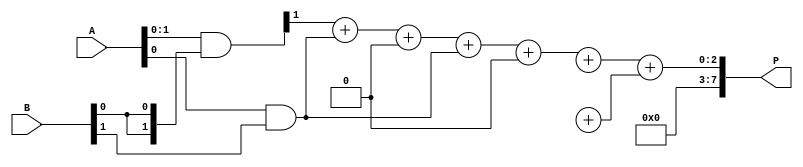
module wallace_tree_multiplier #(parameter n = 4) (
    input [n-1:0] A,
    input [n-1:0] B,
    output reg [2*n-1:0] P
);
    
    // Generate partial products
    wire [n-1:0] pp[n-1:0]; // Partial products array
    genvar i;
    generate
        for (i = 0; i < n; i = i + 1) begin: gen_pp
            assign pp[i] = A & {n{B[i]}};
        end
    endgenerate

    // Stage 1: Reduce partial products
    wire [n:0] sum1 [0:n-1];
    wire [n:0] carry1 [0:n-1];

    generate
        for (i = 0; i < n; i = i + 1) begin: stage1
            if (i < n-1) begin
                // Half adder for pairs of bits
                assign sum1[i][0] = pp[i][0];
                assign carry1[i][0] = 0;
                
                // Full adder for three inputs
                assign {carry1[i][1], sum1[i][1]} = pp[i][1] + pp[i+1][0] + carry1[i][0];
                assign {carry1[i][2], sum1[i][2]} = pp[i][2] + carry1[i][1] + pp[i+1][1];
                assign {carry1[i][3], sum1[i][3]} = pp[i][3] + carry1[i][2] + pp[i+1][2];
            end else begin
                assign sum1[i][0] = pp[i][0];
                assign carry1[i][0] = 0;
                assign {carry1[i][1], sum1[i][1]} = pp[i][1] + carry1[i][0];
                assign {carry1[i][2], sum1[i][2]} = pp[i][2] + carry1[i][1];
                assign {carry1[i][3], sum1[i][3]} = pp[i][3] + carry1[i][2];
            end
        end
    endgenerate

    // Stage 2: Further reduce the sum and carry
    wire [n:0] sum2 [0:n/2-1];
    wire [n:0] carry2 [0:n/2-1];

    generate
        for (i = 0; i < n/2; i = i + 1) begin: stage2
            if (i < n/2 - 1) begin
                assign {carry2[i][1], sum2[i][1]} = sum1[2*i][1] + sum1[2*i+1][0] + carry1[2*i][0];
                assign {carry2[i][2], sum2[i][2]} = sum1[2*i][2] + carry2[i][1] + sum1[2*i+1][1];
            end else begin
                assign {carry2[i][1], sum2[i][1]} = sum1[2*i][1] + carry1[2*i][0];
                assign {carry2[i][2], sum2[i][2]} = sum1[2*i][2] + carry2[i][1];
            end
        end
    endgenerate

    // Final addition to get the product
    wire [2*n-1:0] final_sum;
    wire [2*n-1:0] final_carry;

    assign final_sum = sum2[0][1] + sum2[1][0];
    assign final_carry = carry2[0][0] + carry2[1][0];

    always @(*) begin
        P = final_sum + final_carry;
    end

endmodule